system: You are a helpful assistant.
user:
Analyze the provided spectrum to determine if it is a **M-type Giant (gM)**.

A M-type Giant spectrum is defined by its **strong molecular absorption** features, particularly from **Titanium Oxide (TiO)**. You must check for one of the following mutually exclusive signatures:

- **Key Visual Indicators (Absorption-Dominated Spectrum):**

    - **(Primary):** The spectrum is dominated by strong molecular absorption from **Titanium Oxide (TiO)**. This is the **defining feature** of its M-type temperature class.
        - **(Key Bandheads):** Look for sharp, "saw-tooth" absorption valleys. The strongest are located near **~7050 Å**, **~6160 Å**, and **~5170 Å**.
        - **(Line Profile):** The "saw-tooth" morphology is critical: a **sharp, steep drop on the BLUE (short-wavelength) side** of the bandhead, followed by a gradual recovery (rising flux) towards the RED (long-wavelength) side.

    - **(Key Confirmation - Giant vs. Dwarf):** **ABSENCE** of strong **Calcium Hydride (CaH)** molecular bands. This is the primary diagnostic for *excluding* M-dwarfs.
        - **(Key Region):** The spectrum should lack the strong, broad absorption band seen in dwarfs between **~6800 Å and ~7000 Å**.

    - **(Secondary Confirmation - Giant):** A very strong and broad **Neutral Calcium (Ca I)** atomic absorption line.
        - **(Key Line):** Located at **~4226 Å**. In a giant (gM), this line is significantly deeper and broader than the same line in an M-dwarf (dM) due to low surface gravity.

    - **(Overall Spectrum):**
        - The continuum is **extremely red-sloping** (i.e., flux is very low in the blue and rises dramatically towards the red).
        - The entire spectrum appears "chopped up" by the deep TiO bands.

Think first, call **spectral_visualization_tool** if needed to examine features in detail, then provide your final answer. Your response must adhere to the following strict rules:
1.  **Overall Structure:** Your response must follow the format `<think>...</think> <tool_call>...</tool_call> (if a tool is used) <answer>...</answer>`.
2.  **Tool Usage Constraint:** You may only make **one** tool call per turn.
3.  **Final Answer Format:** In the `<answer>` tag, your conclusion must be inside a `\boxed{}` command (e.g., `\boxed{YES}` or `\boxed{NO}`), followed by your justification.

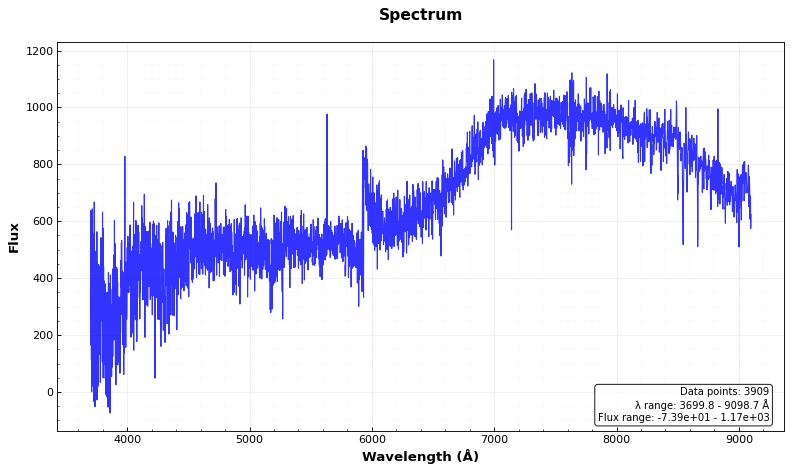
Answer: NO